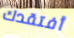
أفتقدك